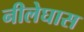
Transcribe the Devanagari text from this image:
नीलेघास